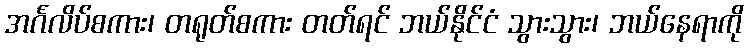
အင်္ဂလိပ်စကား၊ တရုတ်စကား တတ်ရင် ဘယ်နိုင်ငံ သွားသွား၊ ဘယ်နေရာကို